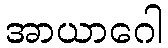
အာယာဂေါ